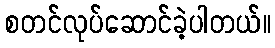
စတင်လုပ်ဆောင်ခဲ့ပါတယ်။